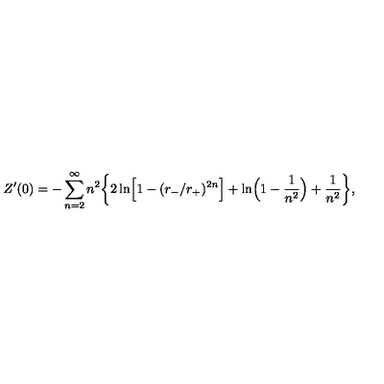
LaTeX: Z ^ { \prime } ( 0 ) = - \sum _ { n = 2 } ^ { \infty } n ^ { 2 } \biggr \{ 2 \ln \Bigr [ 1 - ( r _ { - } / r _ { + } ) ^ { 2 n } \Bigr ] + \ln \Bigr ( 1 - { \frac { 1 } { n ^ { 2 } } } \Bigr ) + { \frac { 1 } { n ^ { 2 } } } \biggr \} ,